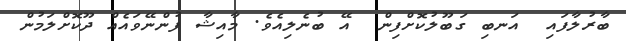
ބާރުލާފައި  އަނބި ގަބޫލުކޮށްފިން  އޭ ބުނެލިއެވެ. މާއިޝާ ފުންނޭވައެއް ދޫކޮށްލަމުން